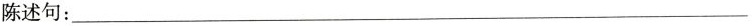
陈述句：___